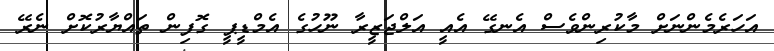
އަހަރެމެންނަށް މާކުރިންވެސް އެނގޭ އެއީ އަލްޖަޒީރާ ނޫހުގެ އެމްޑީޕީ ގޮފިން ތައްޔާރުކޮށް ނެރޭ